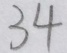
3 4